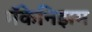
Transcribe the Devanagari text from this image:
मॅकेनिझम